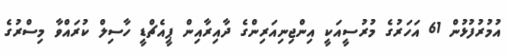
އުމުރުފުޅުން 61 އަހަރުގެ މުރުސީއަކީ އިންޖިނިއަރިންގެ ދާއިރާއިން ޕީއެޗްޑީ ހާސިލް ކުރައްވާ މިސްރުގެ